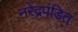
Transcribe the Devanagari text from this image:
नरेंद्रपंडित